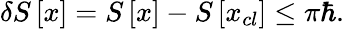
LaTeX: \delta S\left[x\right]=S\left[x\right]-S\left[x_{cl}\right]\leq\pi\hbar.